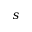
s